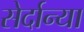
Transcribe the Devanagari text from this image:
सेर्दान्या